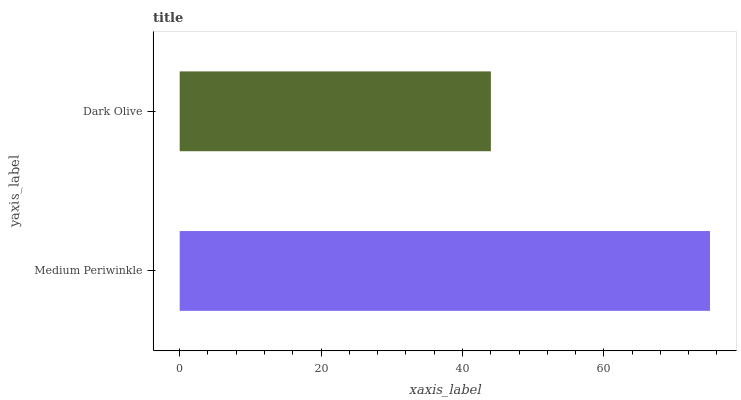
| yaxis_label | bars |
 | --- | --- |
 | Medium Periwinkle | 75 |
 | Dark Olive | 44 |